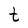
Character: t